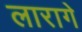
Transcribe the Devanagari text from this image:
लारागे